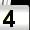
Digit: 4